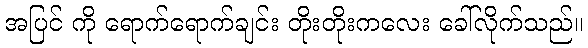
အပြင် ကို ရောက်ရောက်ချင်း တိုးတိုးကလေး ခေါ်လိုက်သည်။